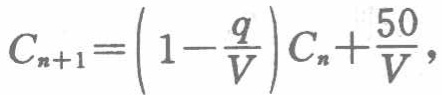
\[C_{n + 1} = \left(1 - \frac{q}{V}\right)C_{n} + \frac{50}{V},\]